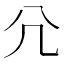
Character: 𡯂